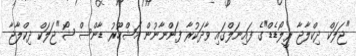
"ޖަލަކް ދިކްލާޖާ ރީލޯޑެޑް"ގެ ފައިނަލްގައި ވާދަކުރާ ފަންނާނުން މަޝްހޫރު ޑާންސް ޝޯ"ޖަލަކް ދިކްލާޖާ